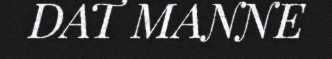
DAT MANNE